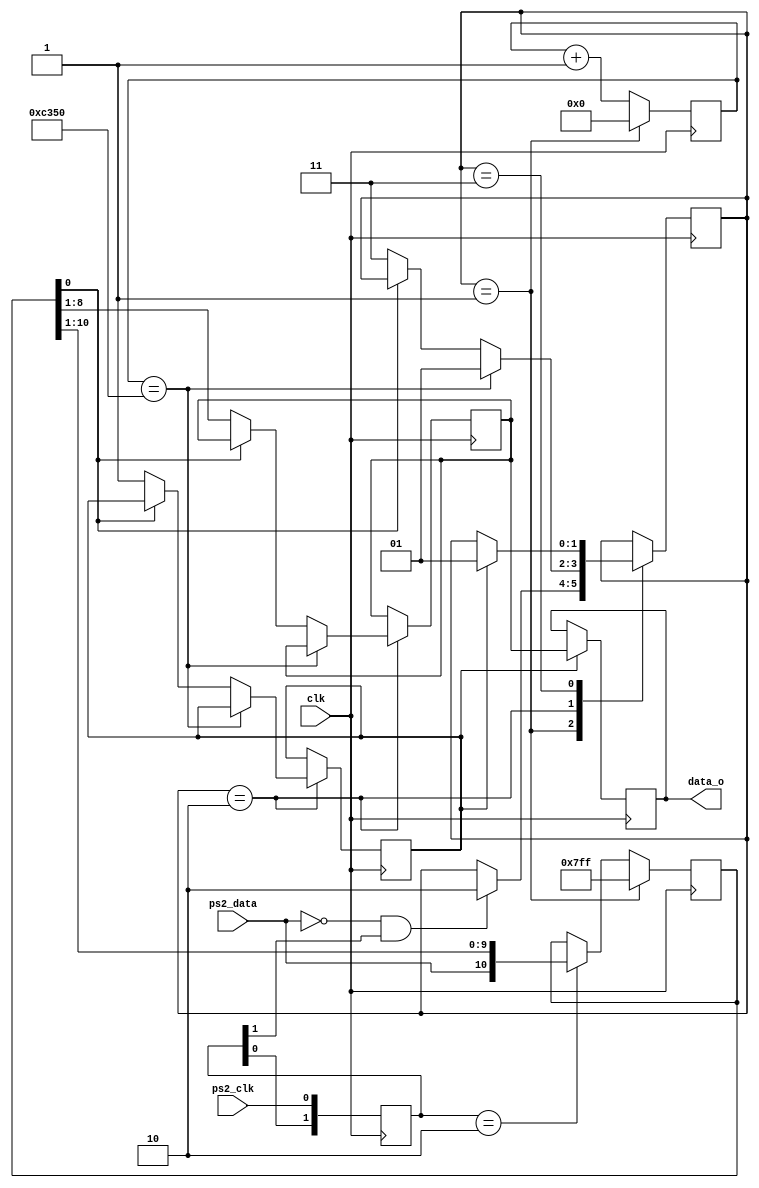
module keyboard (input clk,
					  input ps2_data,
					  input ps2_clk,
					  output reg [7:0] data_o);

parameter idle    = 2'b01;
parameter receive = 2'b10;
parameter ready   = 2'b11;


reg [1:0]  state = idle;
reg [15:0] rxtimeout = 16'b0000000000000000;
reg [10:0] rxregister = 11'b11111111111;
reg [1:0]  clksr = 2'b11;
reg [7:0]  rxdata = 8'b00000000; 
					  
reg datafetched = 0;

always @(posedge clk) begin
	if(datafetched==1)
		data_o <= rxdata;
end

always @(posedge clk) begin
	rxtimeout <= rxtimeout + 1;
	clksr <= {clksr[0], ps2_clk};
	
	if (clksr==2'b10)
		rxregister <= {ps2_data,rxregister[10:1]};
		
	case (state)
		idle:
		begin
			rxregister <= 11'b11111111111;
			rxtimeout  <= 16'b0000000000000000;
			if(ps2_data==0 && clksr[1]==1)
			begin 
				state <= receive;
			end
		end
		
		receive:
		begin
      if(rxtimeout==50000)
        state<=idle;
      else if(rxregister[0]==0)
			begin
			  rxdata<=rxregister[8:1];
			  state<=ready;
			  datafetched<=1;
			end
		end
		
		ready: 
		begin
			if(datafetched==1)
			begin
				state     <=idle;
			end  
		end  
		endcase
end
endmodule